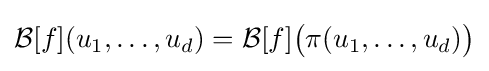
{\mathcal {B}}[f](u_{1},\dots ,u_{d})={\mathcal {B}}[f]{\big (}\pi (u_{1},\dots ,u_{d}){\big )}